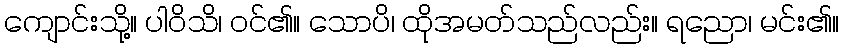
ကျောင်းသို့။ ပါဝိသိ၊ ဝင်၏။ သောပိ၊ ထိုအမတ်သည်လည်း။ ရညော၊ မင်း၏။